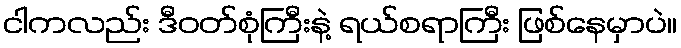
ငါကလည်း ဒီဝတ်စုံကြီးနဲ့ ရယ်စရာကြီး ဖြစ်နေမှာပဲ။